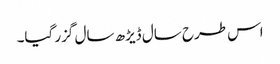
اس طرح سال ڈیڑھ سال گزر گیا۔